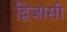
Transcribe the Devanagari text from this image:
द्विजासी